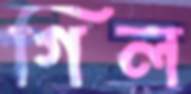
গিল